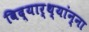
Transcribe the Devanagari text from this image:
विद्यार्थ्यांन्ना